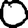
Digit: 0